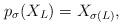
LaTeX: \begin{align*} p_\sigma( X_L)= X_{\sigma(L)}, \end{align*}